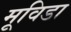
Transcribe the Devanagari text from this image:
मूविडा